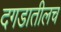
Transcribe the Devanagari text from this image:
दगडातीलच